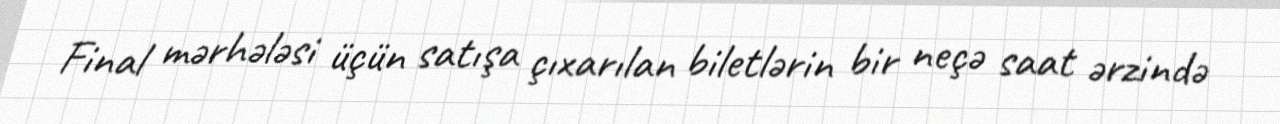
Final mərhələsi üçün satışa çıxarılan biletlərin bir neçə saat ərzində